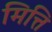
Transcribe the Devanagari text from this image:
मित्ति